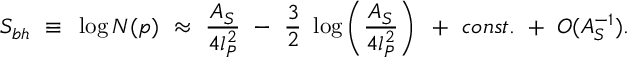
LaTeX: S _ { b h } ~ \equiv ~ \log { \cal N } ( p ) ~ \approx ~ { \frac { A _ { S } } { 4 l _ { P } ^ { 2 } } } ~ - ~ { \frac { 3 } { 2 } } ~ \log \left( { \frac { A _ { S } } { 4 l _ { P } ^ { 2 } } } \right) ~ + ~ c o n s t . ~ + ~ O ( A _ { S } ^ { - 1 } ) .